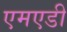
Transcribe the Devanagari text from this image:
एमएडी